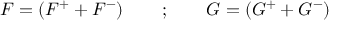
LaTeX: { \cal F } = \left( { \cal F } ^ { + } + { \cal F } ^ { - } \right) \qquad ; \qquad { \cal G } = \left( { \cal G } ^ { + } + { \cal G } ^ { - } \right)